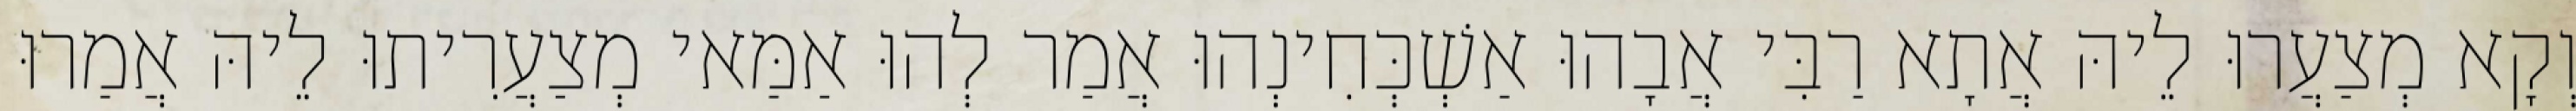
וְקָא מְצַעֲרוּ לֵיהּ אֲתָא רַבִּי אֲבָהוּ אַשְׁכְּחִינְהוּ אֲמַר לְהוּ אַמַּאי מְצַעֲרִיתוּ לֵיהּ אֲמַרוּ